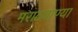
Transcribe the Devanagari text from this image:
मराठवाण्या